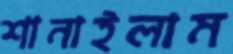
শানাইলাম